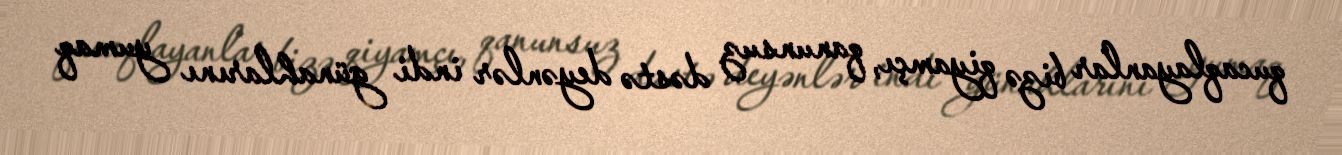
qucaqlayanlar bizə qiyamçı, qanunsuz dəstə deyənlər indi günahlarını yumaq